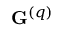
\mathbf { G } ^ { \left( q \right) }